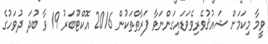
ވީމާ މިކަމަށް ޝައުޤުވެރިވެވަޑައިގަންނަވާ ފަރާތްތަކުން 2016 އޮކްޓޫބަރު 19 ވާ ބުދަ ދުވަހުގެ